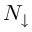
N _ { \downarrow }